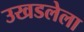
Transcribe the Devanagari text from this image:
उखडलेला